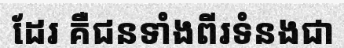
ដែរ គឺជនទាំងពីរទំនងជា